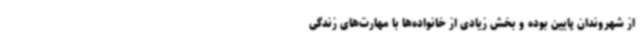
از شهروندان پایین بوده و بخش زیادی از خانواده‌ها با مهارت‌های زندگی